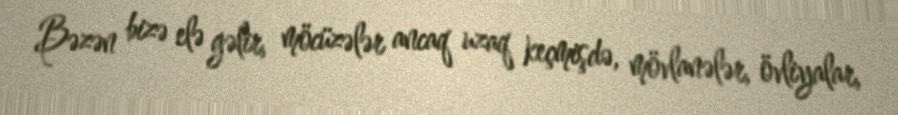
Bəzən bizə elə gəlir, möcüzələr ancaq uzaq keçmişdə, mövlanələr, övliyalar,